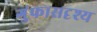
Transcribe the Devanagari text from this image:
गुंफासदृश्य